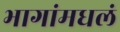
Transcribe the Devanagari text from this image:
भागांमधलं